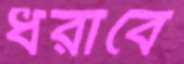
ধরাবে